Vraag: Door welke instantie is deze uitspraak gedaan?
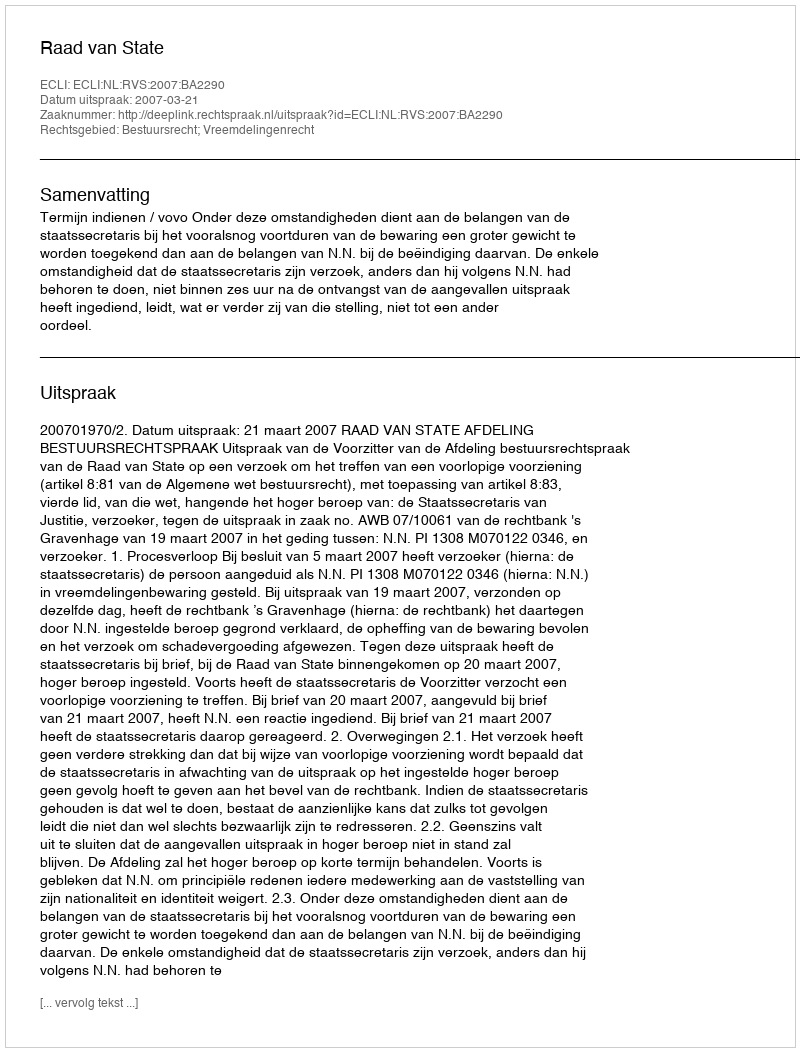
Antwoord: Raad van State